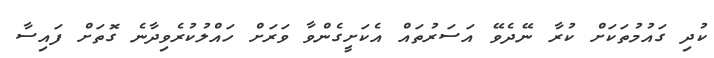
ކުދި ގައުމުތަކަށް ކުރާ ނޭދެވޭ އަސަރުތައް އެކަށީގެންވާ ވަރަށް ހައްލުކުރެވިދާނެ ގޮތަށް ފައިސާ